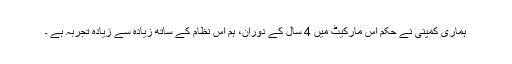
ہماری کمپنی نے حکم اس مارکیٹ میں 4 سال کے دوران، ہم اس نظام کے ساتھ زیادہ سے زیادہ تجربہ ہے ۔